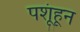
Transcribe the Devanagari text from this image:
पशूंहून